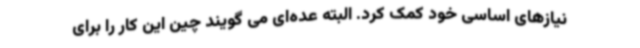
نیازهای اساسی خود کمک کرد. البته عده‌ای می گویند چین این کار را برای